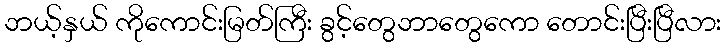
ဘယ့်နှယ် ကိုကောင်းမြတ်ကြီး ခွင့်တွေဘာတွေကော တောင်းပြီးပြီလား